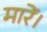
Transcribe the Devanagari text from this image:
मारें।